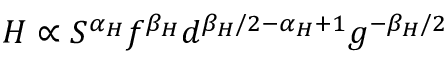
H \propto S ^ { \alpha _ { H } } f ^ { \beta _ { H } } d ^ { { \beta _ { H } } / 2 - \alpha _ { H } + 1 } g ^ { - { \beta _ { H } } / 2 }